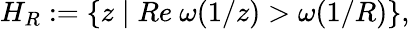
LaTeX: H_{R}:=\{ z\mid Re\ \omega(1/z)>\omega(1/R)\} ,